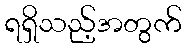
ရရှိသည့်အတွက်